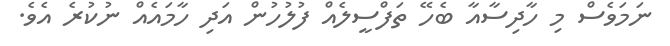
ނަމަވެސް މި ހާދިސާއާ ބެހޭ ތަފްސީލެއް ފުލުހުން އަދި ހާމައެއް ނުކުރެ އެވެ.